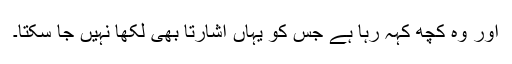
اور وہ کچھ کہہ رہا ہے جس کو یہاں اشارتاً بھی لکھا نہیں جا سکتا۔